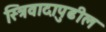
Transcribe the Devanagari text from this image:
स्त्रिवादापुढील